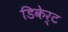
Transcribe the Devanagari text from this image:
डिकेर्ट